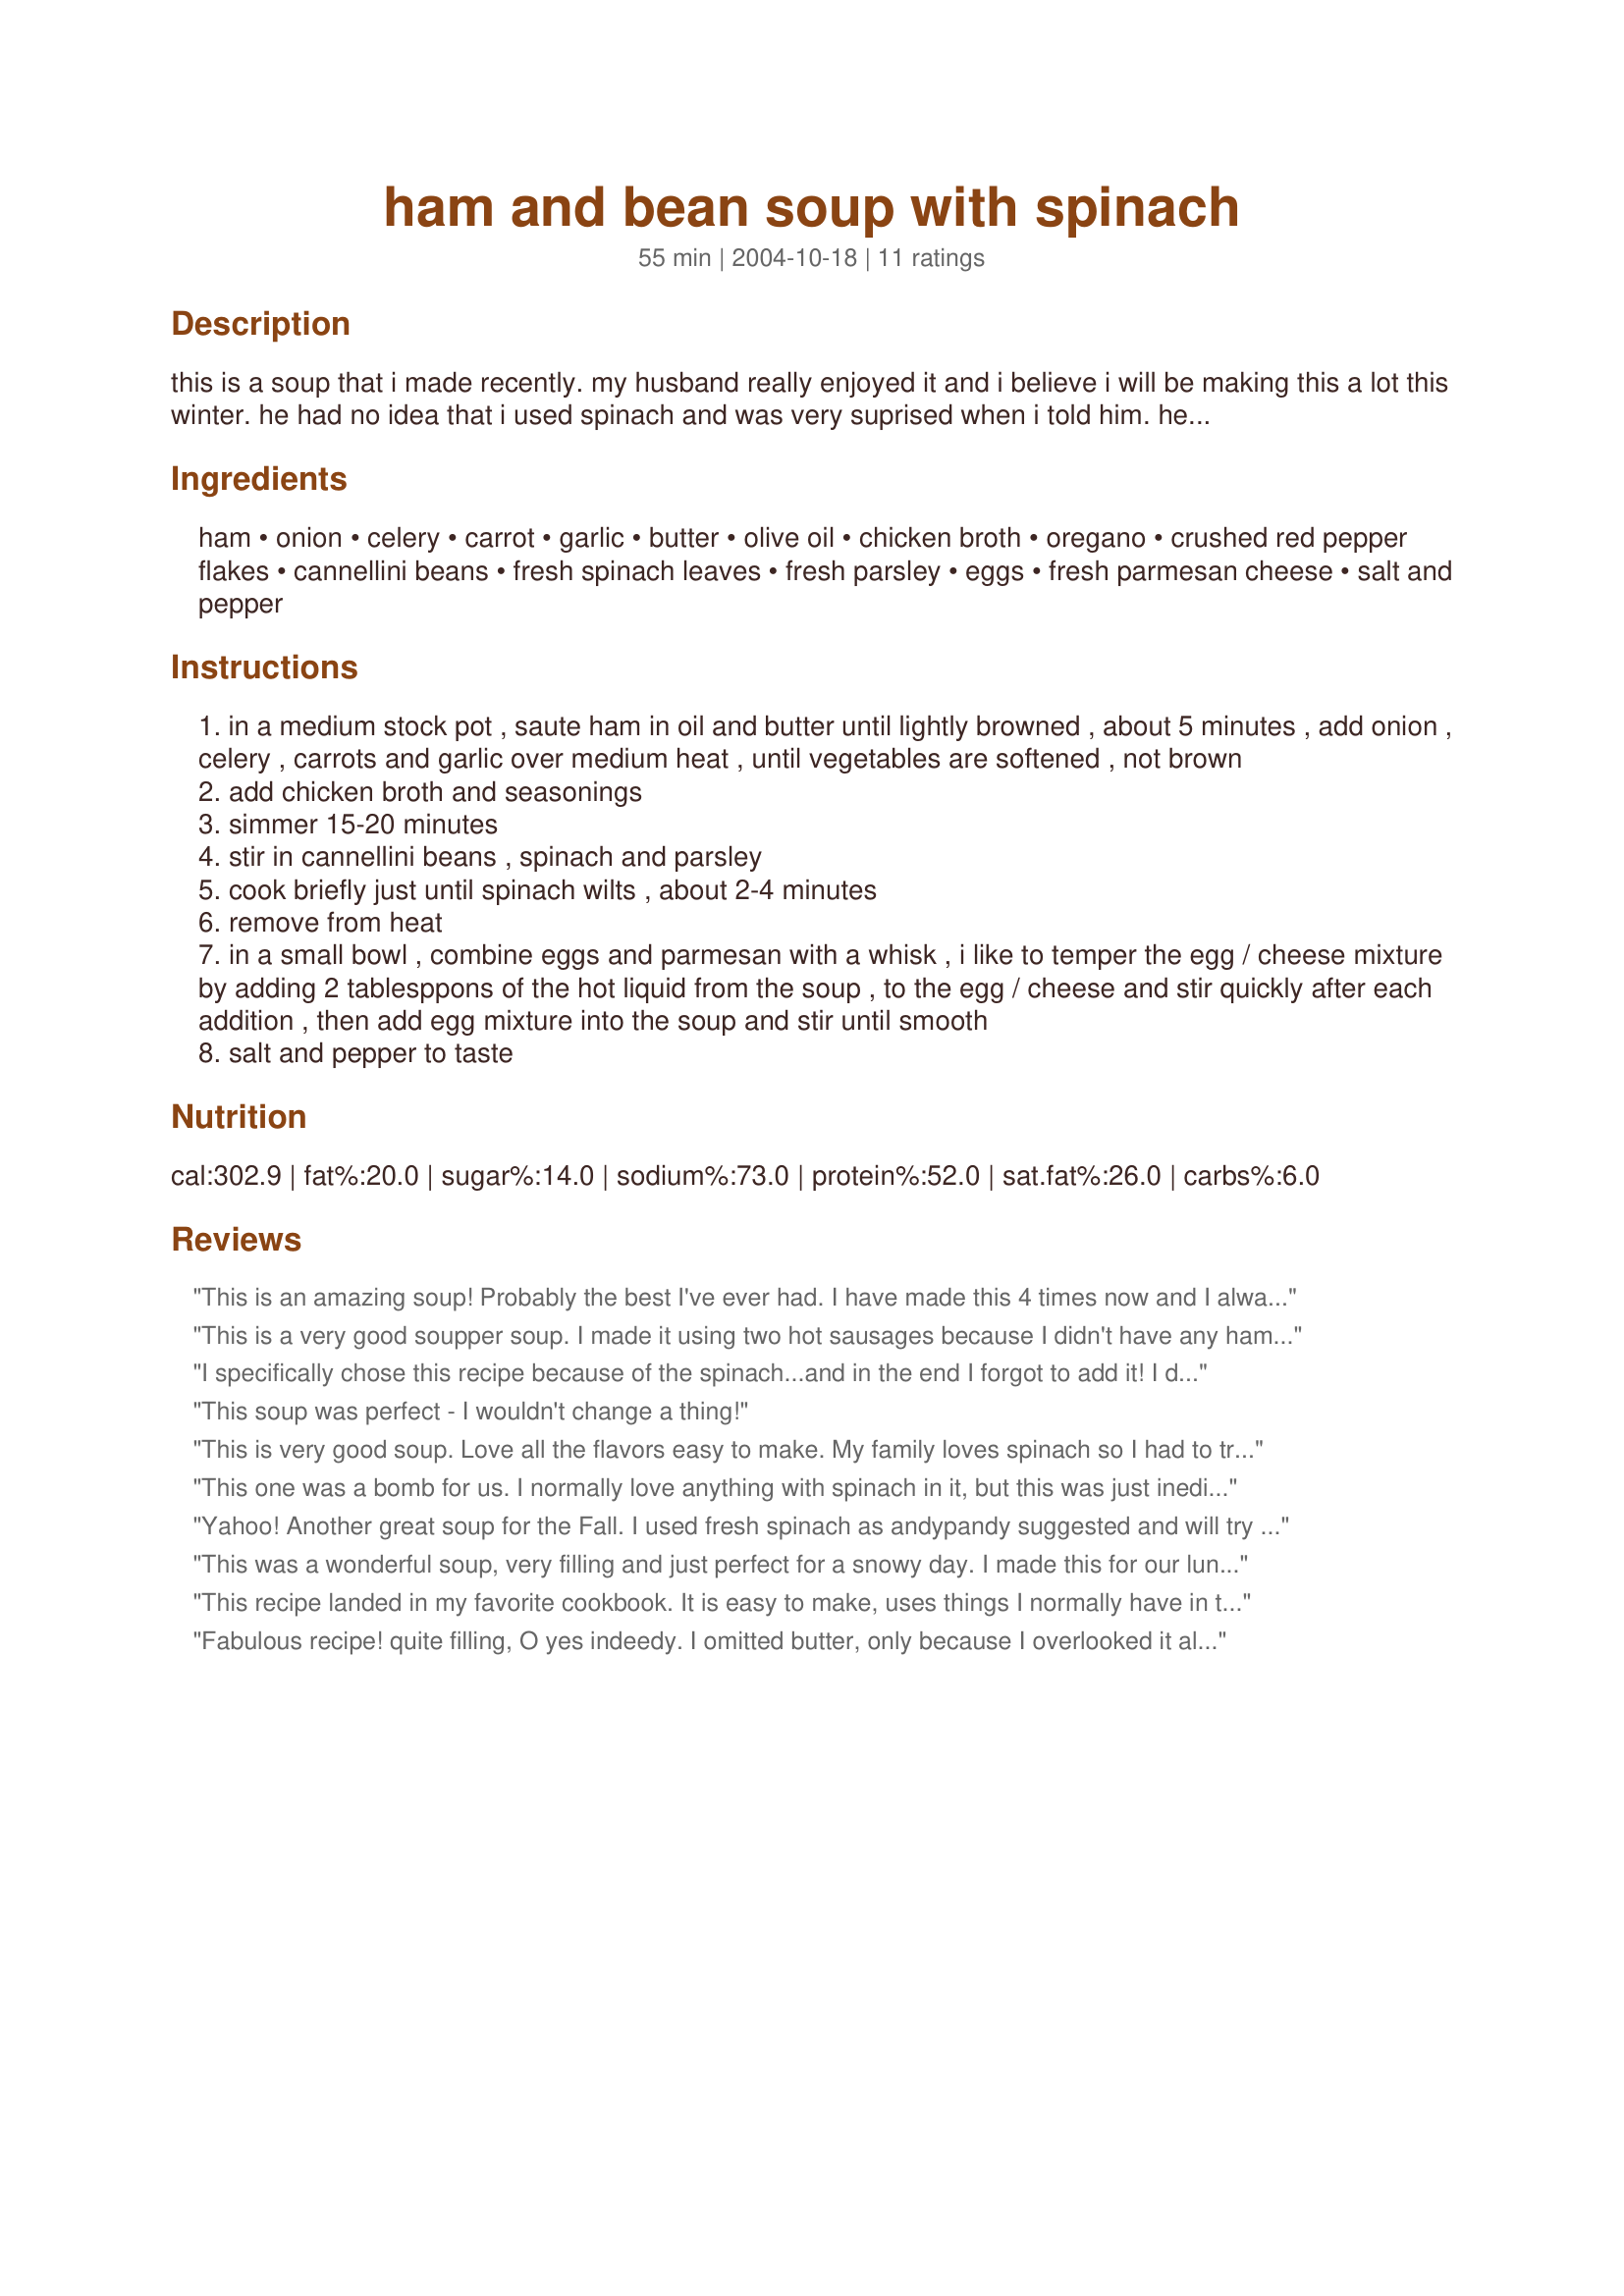
ham and bean soup with spinach
Preparation time: 55 minutes

this is a soup that i made recently. my husband really enjoyed it and i believe i will be making this a lot this winter. he had no idea that i used spinach and was very suprised when i told him. he hates spinach but loves this soup!

Ingredients:
ham, onion, celery, carrot, garlic, butter, olive oil, chicken broth, oregano, crushed red pepper flakes, cannellini beans, fresh spinach leaves, fresh parsley, eggs, fresh parmesan cheese, salt and pepper

Steps:
in a medium stock pot , saute ham in oil and butter until lightly browned , about 5 minutes , add onion , celery , carrots and garlic over medium heat , until vegetables are softened , not brown
add chicken broth and seasonings
simmer 15-20 minutes
stir in cannellini beans , spinach and parsley
cook briefly just until spinach wilts , about 2-4 minutes
remove from heat
in a small bowl , combine eggs and parmesan with a whisk , i like to temper the egg / cheese mixture by adding 2 tablesppons of the hot liquid from the soup , to the egg / cheese and stir quickly after each addition , then add egg mixture into the soup and stir until smooth
salt and pepper to taste

Reviews:
This is an amazing soup! Probably the best I've ever had. I have made this 4 times now and I always look forward to eating it. I like to use leftover spiral ham I think it adds an extra depth to this already well balanced awesome soup.
This is a very good soupper soup. I made it using two hot sausages because I didn't have any ham in the freezer, also used frozen chopped spinach It worked out fine, next time I make this I will use the fresh spinach and and I bet it will rate a ten. Thanks for the new recipe.
I specifically chose this recipe because of the spinach...and in the end I forgot to add it! I did everything else according to the recipe and it was so delicious. Very good comfort food and very tasty. I used the leftover bone from a ham that we cooked for New Year's Day. I simmered the bone in the liquid for a couple of hours and it was so tasty.
This soup was perfect - I wouldn't change a thing!
This is very good soup. Love all the flavors easy to make. My family loves spinach so I had to try this one. I only used a pinch of pepper flakes and it was just right for us. Love the hint of oregano in this soup and the fresh taste the parsley gives it. I found that it only needed pepper as the ham and cheese are salty enough. I will be making this again.
This one was a bomb for us. I normally love anything with spinach in it, but this was just inedible. It was way too salty, even though I didn't add any salt at all. I think that maybe if the ham had been rinsed and then sauteed in just oil instead of the oil and butter, it would have been better. I could have really liked the flavor otherwise. As it was, I had to pour it down the drain. :(
Yahoo! Another great soup for the Fall. I used fresh spinach as andypandy suggested and will try sausage or kielbasa next time. I reduced the crushed peppers to 1/2 tsp. Try it with Pam Whitmire's Cheese Toast II (recipe #3961 or Debbie8760's Sizzler's cheese toast Recipe#5067 ) Perfecto!
This was a wonderful soup, very filling and just perfect for a snowy day. I made this for our lunch around noon and my husband was not hungry untill about 7! I don't really like cooked celery so I used celery seed and and I also used frozen chopped spinich. I made this for Judy_Jude to honor her memory.
This recipe landed in my favorite cookbook. It is easy to make, uses things I normally have in the pantry, and is delicious! The mild soup sparkles with flavor. The oregano shines, the spinach is the star, and the eggs give it a velvety appearence. Lovely. I did a few things differently: I omitted extra salt, used a pinch of the red pepper flakes, added a can of drained whole kernel corn, used frozen spinach (thawed & squeezed dry). Made in Judy's memory during the Cookathon.
Fabulous recipe! quite filling, O yes indeedy. I omitted butter, only because I overlooked it all together-oopsie; added red pepper flakes and exchanged veggie broth for the suggested chicken. I also used dried parsley vs fresh w/o the addition of salt & pep. YUM! YUM! YUMMY! Served w/San Francisco Sourdough Bread and Chardonnay.
This recipe was made in honor of Judy- Jude and especially for the "Cookathon" in memory of her (1/09). Yes, another 5 star recipe from Judy. This is the soup for a cold, winter day.. Hearty and tasty! Please note that the original recipe ingredients might result in a soup that is a little to salty. So cook according to your taste; less salty ham, low sodium broth, rinse the cannellini beans and adding salt to taste at the end of the last cooking step. I have made quite a few of Judy's recipes, however, this is one of my favorites from her. Enjoy!
